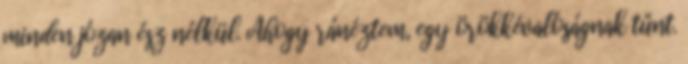
minden józan ész nélkül. Ahogy ránéztem, egy örökkévalóságnak tűnt.